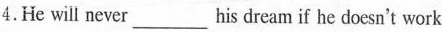
4.He will never___his dream if he doesn't work